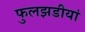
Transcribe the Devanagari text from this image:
फुलझडीयां